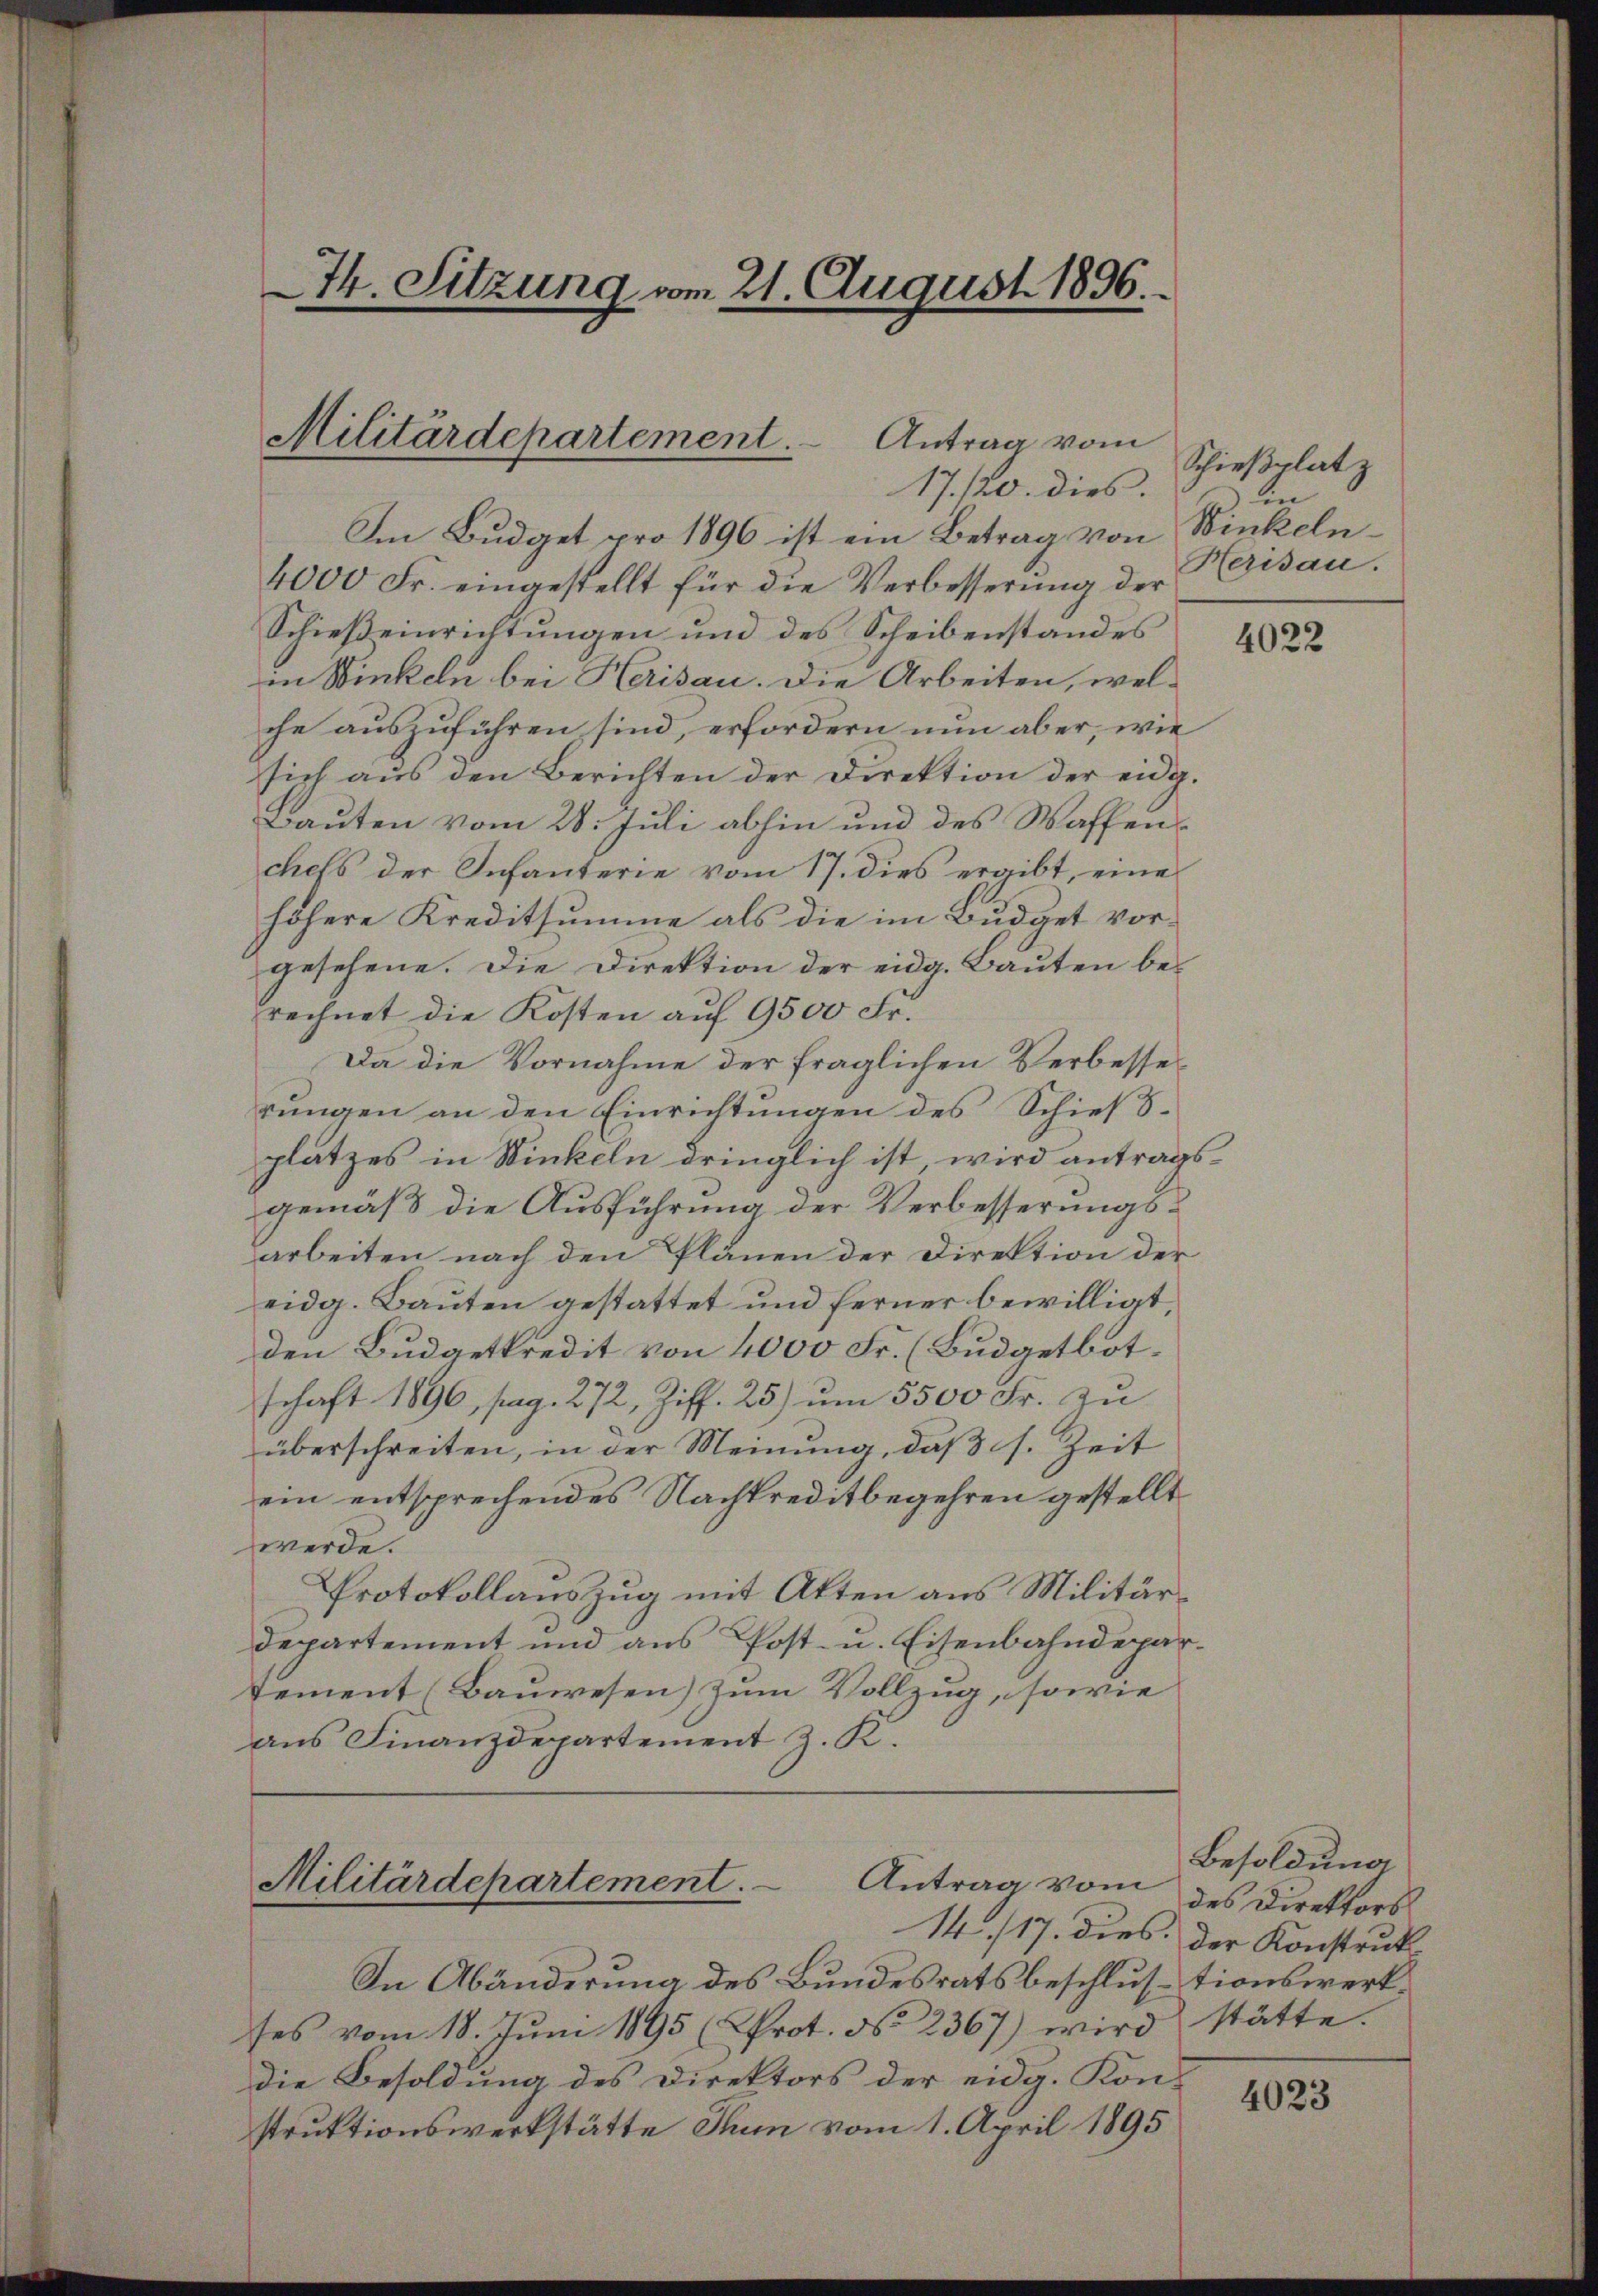
74. Sitzung am 21. August 1896.

Im Budget pro 1896 ist ein Betrag von Winkeln¬
4000 Fr. eingestellt für die Verbesserung der
Schießeinrichtungen und des Scheibenstandes
in Winkeln bei Herisau. Die Arbeiten, welche auszuführen sind, erfordern nun aber, wie
sich aŭs den Berichten der Direktion der eidg.
Bauten vom 28. Juli abhin und des Waffens
chefs der Infanterie vom 17. dies ergibt, eine
höhere Kreditsumme als die im Budget vorgesehene. Die Direktion der eidg. Bauten be-
rechnet die Kosten auf 9500 Fr.
Da die Vornahme der fraglichen Verbesserungen an den Einrichtungen des Schießplatzes in Winkeln dringlich ist, wird antragsgemäß die Ausführung der Verbesserungsarbeiten nach den Plänen der Direktion der
eidg. Bauten gestattet und ferner bewilligt,
den Budgetkredit von 4000 Fr. (Budgetbot.
schaft 1896, pag. 272, Ziff. 25) um 5500 Fr. zu
überschreiten, in der Meinung, daß s. Zeit
ein entsprechendes Nachkreditbegehren gestellt
werde.
Protokollauszug mit Atten aus Militär¬
Departement und aus Post- u. Eisenbahndepartement (Bauwesen) zum Vollzug, sowie
aus Finanzdepartement z. K.

Militärdepartement. Antrag vom
17./20. dies.

Antrag vom
Militärdepartement.

In Abänderung des Bundesratsbeschlustionswerkses vom 18. Jŭni 1895 (Prot. No. 2367) wird stätte.
die Besoldung des Direktors der eidg. Konstruktionswerkstätte Thun vom 1. April 1895

Schießplatz
den
Herisau.

4022

Besoldung
des Direktors
14. 17. dies der Konstruk

4023